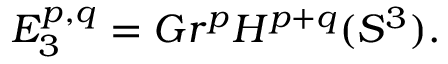
E _ { 3 } ^ { p , q } = G r ^ { p } H ^ { p + q } ( S ^ { 3 } ) .